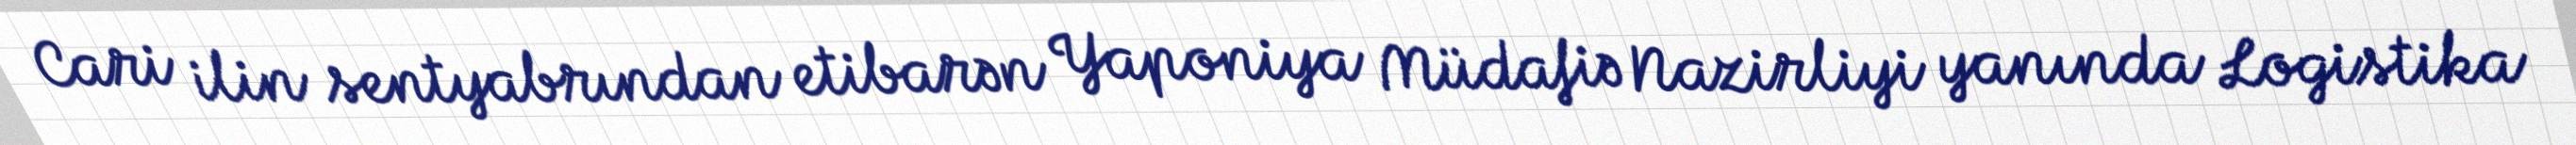
Cari ilin sentyabrından etibarən Yaponiya Müdafiə Nazirliyi yanında Logistika